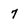
Character: 7